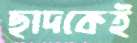
ছাদকেই